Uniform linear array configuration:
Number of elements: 12
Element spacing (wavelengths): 0.75
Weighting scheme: hann
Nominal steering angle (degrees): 15
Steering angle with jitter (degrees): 15.575
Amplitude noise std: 0.05
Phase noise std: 0.05

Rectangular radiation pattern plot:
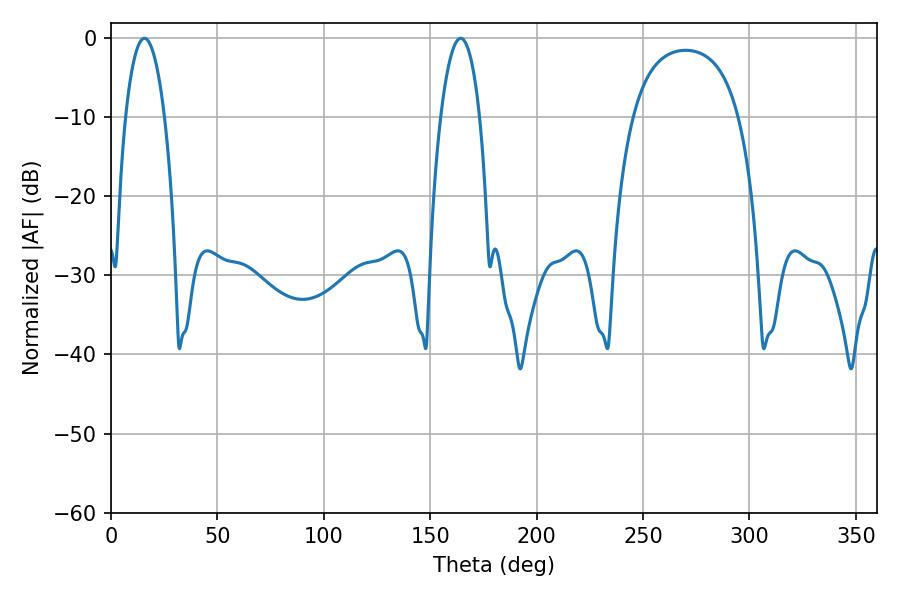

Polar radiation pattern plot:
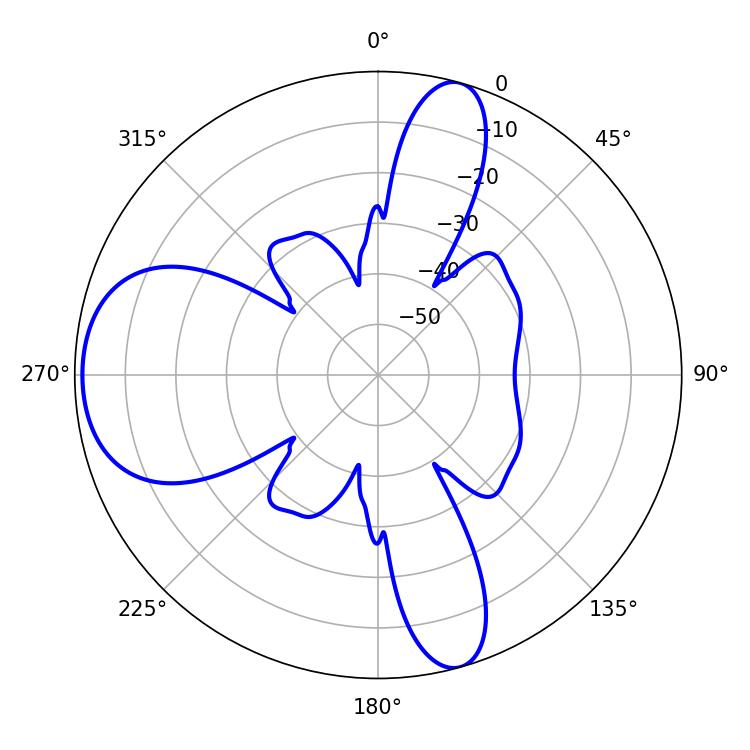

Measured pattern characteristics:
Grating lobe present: TRUE
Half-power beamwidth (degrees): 10.26
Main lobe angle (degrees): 15.66